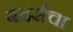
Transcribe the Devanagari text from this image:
बदर्सचा